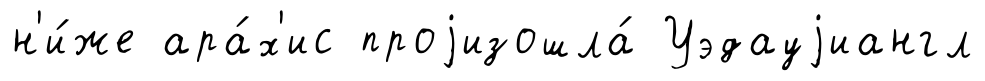
н'и́же ара́х'ис проjизошла́ Уэдауjиангл